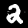
Label: 2